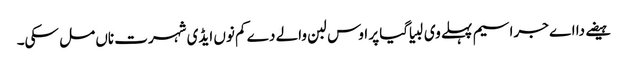
ہیضے دا اے جراسیم پہلے وی لبیا گیا پر اوس لبن والے دے کم نوں ایڈی شہرت ناں مل سکی۔